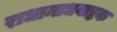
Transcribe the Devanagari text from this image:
राधामाधवाष्टक